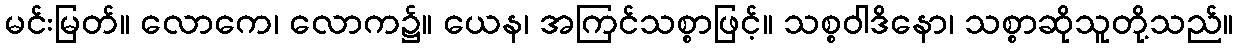
မင်းမြတ်။ လောကေ၊ လောက၌။ ယေန၊ အကြင်သစ္စာဖြင့်။ သစ္စဝါဒိနော၊ သစ္စာဆိုသူတို့သည်။